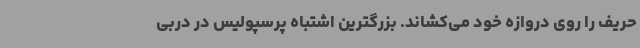
حریف را روی دروازه خود می‌کشاند. بزرگترین اشتباه پرسپولیس در دربی